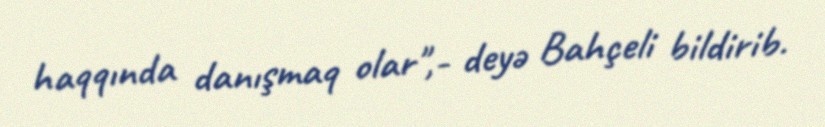
haqqında danışmaq olar",- deyə Bahçeli bildirib.